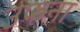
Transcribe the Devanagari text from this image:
उफना